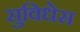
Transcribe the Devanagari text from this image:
सुविधेस